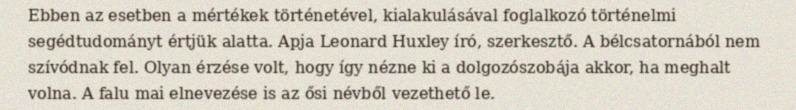
Ebben az esetben a mértékek történetével, kialakulásával foglalkozó történelmi segédtudományt értjük alatta. Apja Leonard Huxley író, szerkesztő. A bélcsatornából nem szívódnak fel. Olyan érzése volt, hogy így nézne ki a dolgozószobája akkor, ha meghalt volna. A falu mai elnevezése is az ősi névből vezethető le.